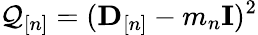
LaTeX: \mathcal{Q}_{[n]}=({\mathbf{D}}_{[n]}-m_{n}{\mathbf{I}})^{2}